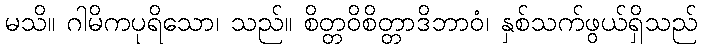
မသိ။ ဂါမိကပုရိသော၊ သည်။ စိတ္တဝိစိတ္တာဒိဘာဝံ၊ နှစ်သက်ဖွယ်ရှိသည်